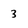
Character: 3